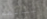
أسمائهم